Indian journal of veterinary science and animal husbandry - Volumes 15-17, 1948-1951
Year: 1948
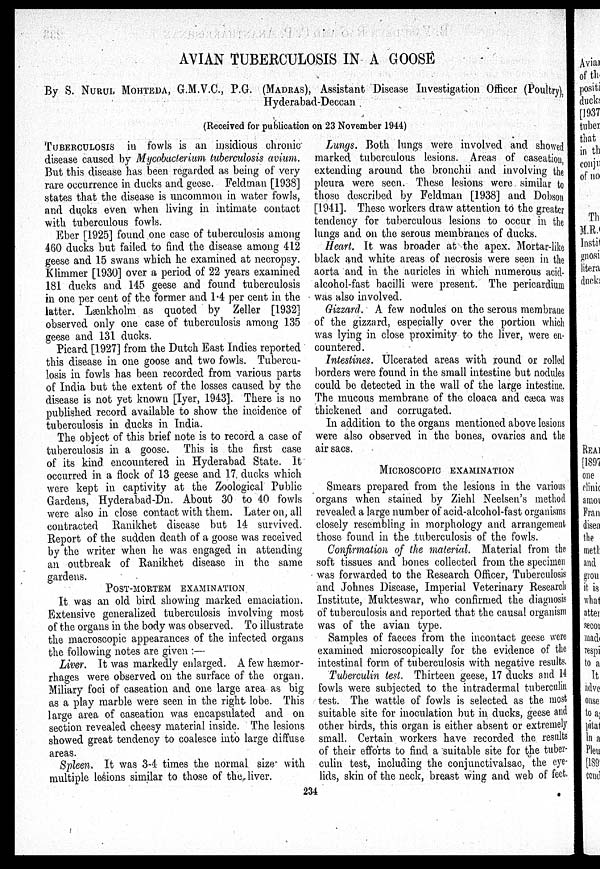
AVIAN TUBERCULOSIS IN A GOOSE
By S. NURUL MOHTEDA, G.M.V.C., P.G. (MADRAS), Assistant Disease Investigation Officer (Poultry),
Hyderabad-Deccan
(Received for publication on 23 November 1944)
TUBERCULOSIS in fowls is an insidious chronic
disease caused by Mycobacterium tuberculosis avium.
But this disease has been regarded as being of very
rare occurrence in ducks and geese. Feldman [1938]
states that the disease is uncommon in water fowls,
and ducks even when living in intimate contact
with tuberculous fowls.
Eber [1925] found one case of tuberculosis among
460 ducks but failed to find the disease among 412
geese and 15 swans which he examined at necropsy.
Klimmer [1930] over a period of 22 years examined
181 ducks and 145 geese and found tuberculosis
in one per cent of the former and 1.4 per cent in the
latter. Lænkholm as quoted by Zeller [1932]
observed only one case of tuberculosis among 135
geese and 131 ducks.
Picard [1927] from the Dutch East Indies reported
this disease in one goose and two fowls. Tubercu-
losis in fowls has been recorded from various parts
of India but the extent of the losses caused by the
disease is not yet known [Iyer, 1943]. There is no
published record available to show the incidence of
tuberculosis in ducks in India.
The object of this brief note is to record a case of
tuberculosis in a goose. This is the first case
of its kind encountered in Hyderabad State. It
occurred in a flock of 13 geese and 17, ducks which
were kept in captivity at the Zoological Public
Gardens, Hyderabad-Dn. About 30 to 40 fowls
were also in close contact with them. Later on, all
contracted Ranikhet disease but 14 survived.
Report of the sudden death of a goose was received
by the writer when he was engaged in attending
an outbreak of Ranikhet disease in the same
gardens.
POST-MORTEM EXAMINATION
It was an old bird showing marked emaciation.
Extensive generalized tuberculosis involving most
of the organs in the body was observed. To illustrate
the macroscopic appearances of the infected organs
the following notes are given :—
Liver. It was markedly enlarged. A few hæmor-
rhages were observed on the surface of the organ.
Miliary foci of caseation and one large area as big
as a play marble were seen in the right lobe. This
large area of caseation was encapsulated and on
section revealed cheesy material inside. The lesions
showed great tendency to coalesce into large diffuse
areas.
Spleen. It was 3-4 times the normal size with
multiple lesions similar to those of the, liver.
Lungs. Both lungs were involved and showed
marked tuberculous lesions. Areas of caseation,
extending around the bronchü and involving the
pleura were seen. These lesions were similar to
those described by Feldman [1938] and Dobson
[1941]. These workers draw attention to the greater
tendency for tuberculous lesions to occur in the
lungs and on the serous membranes of ducks.
Heart. It was broader at the apex. Mortar-like
black and white areas of necrosis were seen in the
aorta and in the auricles in which numerous acid-
alcohol-fast bacilli were present. The pericardium
was also involved.
Gizzard. A few nodules on the serous membrane
of the gizzard, especially over the portion which
was lying in close proximity to the liver, were en-
countered.
Intestines. Ulcerated areas with round or rolled
borders were found in the small intestine but nodules
could be detected in the wall of the large intestine.
The mucous membrane of the cloaca and cæca was
thickened and corrugated.
In addition to the organs mentioned above lesions
were also observed in the bones, ovaries and the
air sacs.
MICROSCOPIC EXAMINATION
Smears prepared from the lesions in the various
organs when stained by Ziehl Neelsen's method
revealed a large number of acid-alcohol-fast organisms
closely resembling in morphology and arrangement
those found in the tuberculosis of the fowls.
Confirmation of the material. Material from the
soft tissues and bones collected from the specimen
was forwarded to the Research Officer, Tuberculosis
and Johnes Disease, Imperial Veterinary Research
Institute, Mukteswar, who confirmed the diagnosis
of tuberculosis and reported that the causal organism
was of the avian type.
Samples of faeces from the incontact geese were
examined microscopically for the evidence of the
intestinal form of tuberculosis with negative results.
Tuberculin test. Thirteen geese, 17 ducks and 14
fowls were subjected to the intradermal tuberculin
test. The wattle of fowls is selected as the most
suitable site for inoculation but in ducks, geese and
other birds, this organ is either absent or extremely
small. Certain workers have recorded the results
of their efforts to find a suitable site for the tuber-
culin test, including the conjunctivalsac, the eye-
lids, skin of the neck, breast wing and web of feet.
234